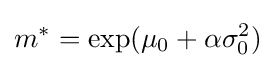
m^{*}=\exp(\mu _{0}+\alpha \sigma _{0}^{2})